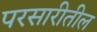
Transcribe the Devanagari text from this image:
परसारीतील